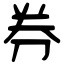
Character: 券